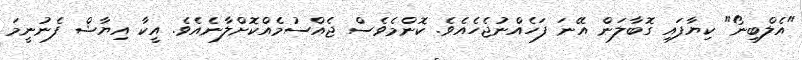
"އެލްބިނޯ" ކިޔާފައި ގޮބާލަން އޭނަ ފަހެއްނުޖެހެއެވެ. ކޮންމެވެސް ޖެއްސުމެއްކޮށްލާނެއެވެ. އީކާ އިޔާޝް ފެނުނީމަ